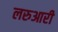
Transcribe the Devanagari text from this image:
लरुआरी